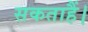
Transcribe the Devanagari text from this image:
सकताहैं।